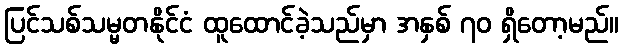
ပြင်သစ်သမ္မတနိုင်ငံ ထူထောင်ခဲ့သည်မှာ အနှစ် ၇၀ ရှိတော့မည်။